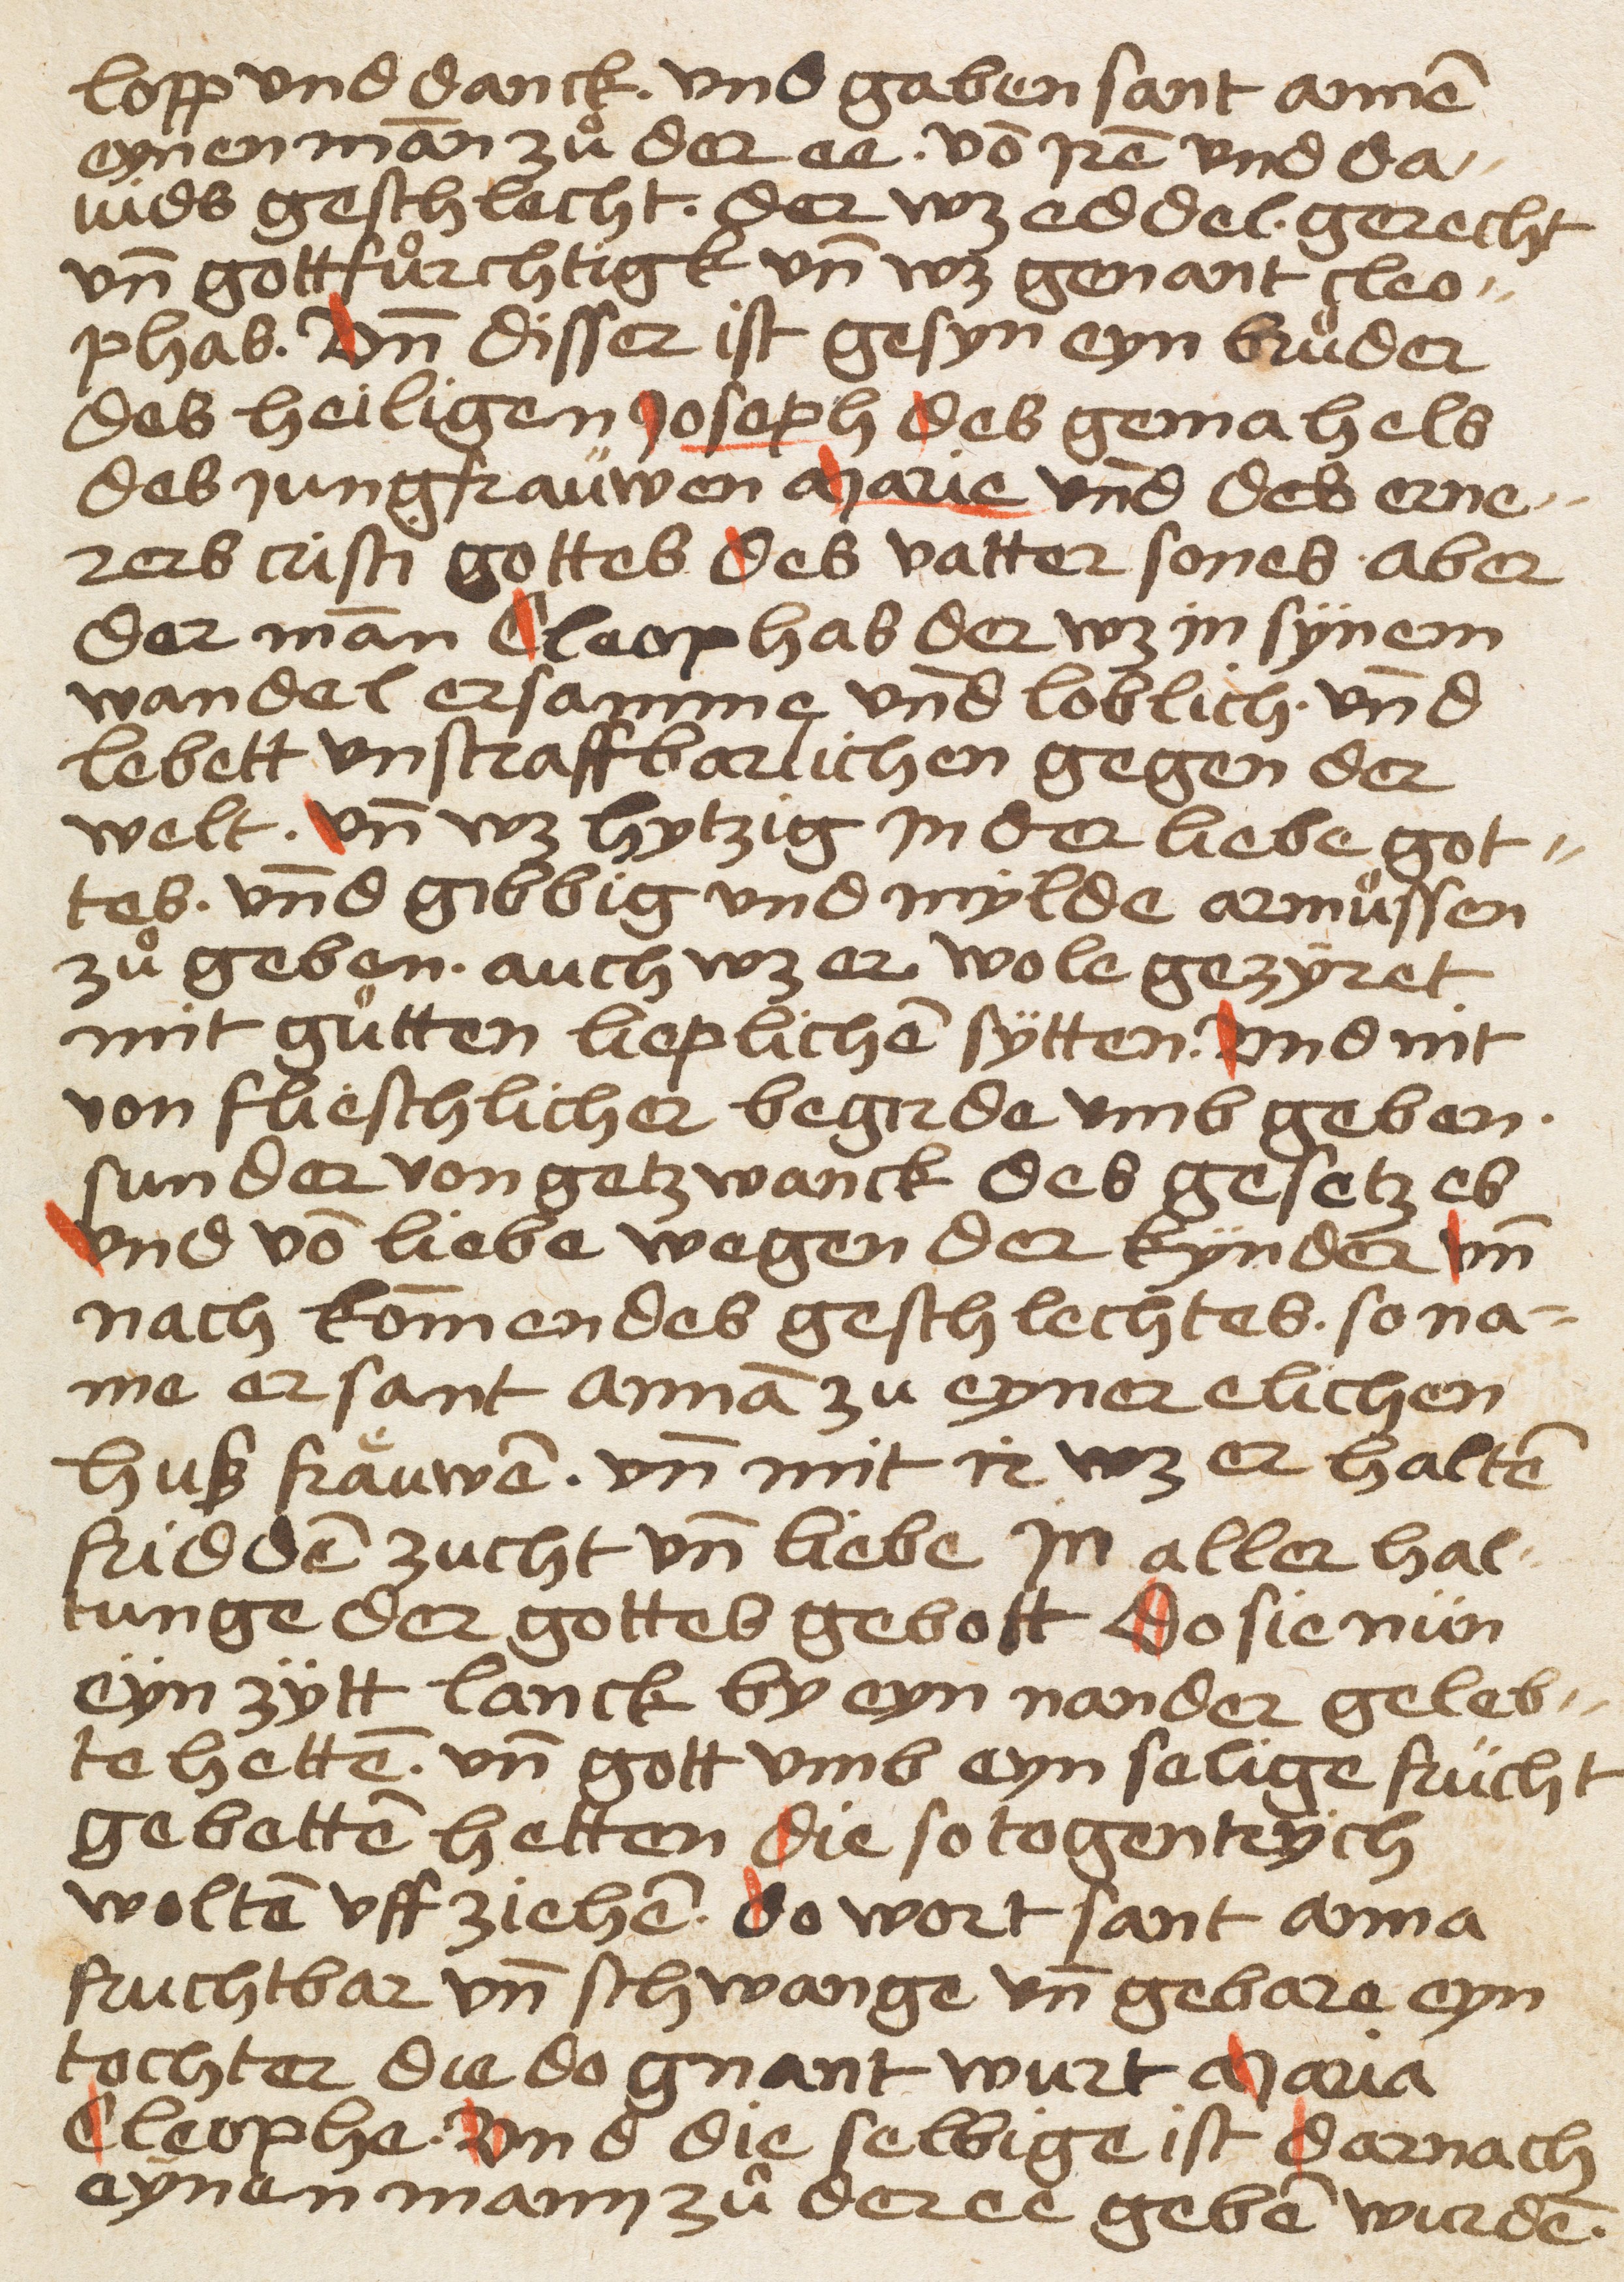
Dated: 1505–1505